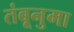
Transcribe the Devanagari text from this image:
तंबूनुमा